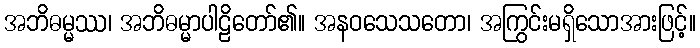
အဘိဓမ္မဿ၊ အဘိဓမ္မာပါဠိတော်၏။ အနဝသေသတော၊ အကြွင်းမရှိသောအားဖြင့်။